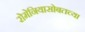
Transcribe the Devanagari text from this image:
रोमेनियासोबतच्या